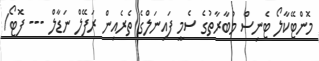
މޮންޓޭކާލޯ ޓެނިސް މުބާރާތުގެ ސެމީ ފައިނަލްގެ ތެރެއިން ރަފޭލް ނަޑާލް --- ފޮޓޯ/